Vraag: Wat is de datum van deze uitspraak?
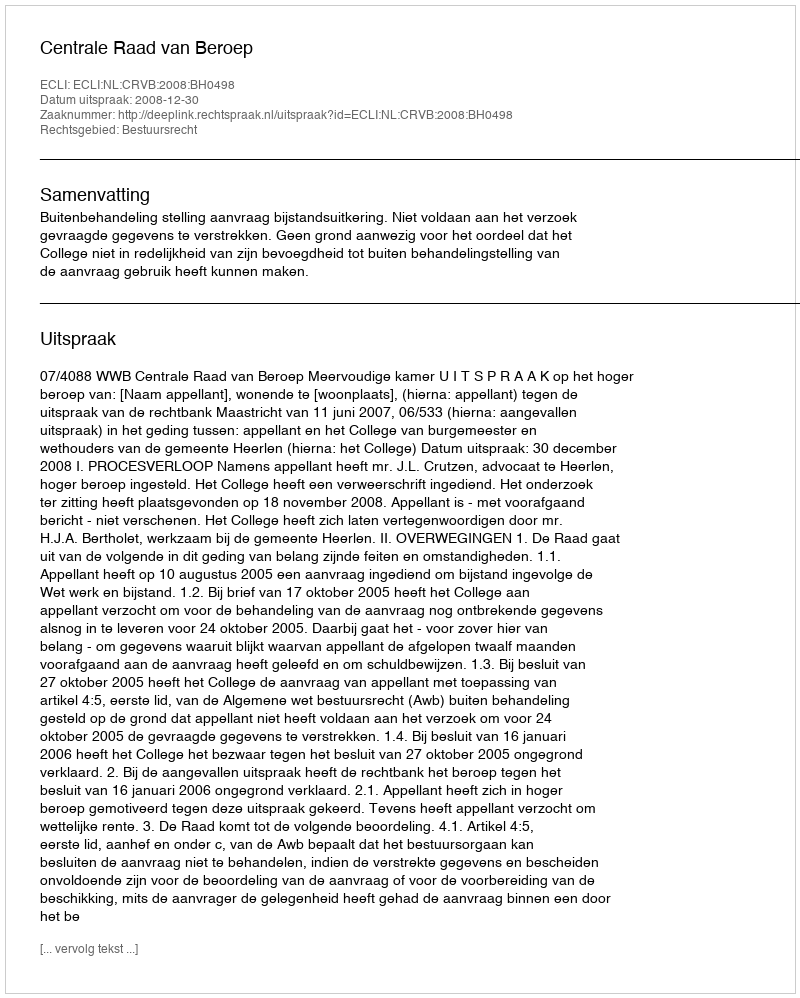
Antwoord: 2008-12-30